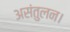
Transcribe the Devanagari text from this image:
असंतुलन।